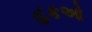
હકઓ